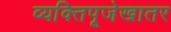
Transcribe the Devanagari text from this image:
व्यक्तिपूजेखातर